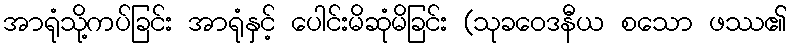
အာရုံသို့ကပ်ခြင်း အာရုံနှင့် ပေါင်းမိဆုံမိခြင်း (သုခဝေဒနီယ စသော ဖဿ၏